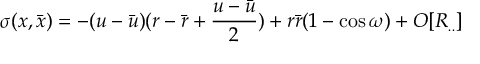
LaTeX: \sigma ( x , { \bar { x } } ) = - ( u - { \bar { u } } ) ( r - { \bar { r } } + \frac { u - { \bar { u } } } { 2 } ) + r { \bar { r } } ( 1 - \cos \omega ) + O [ R _ { . . } ]